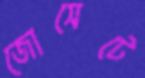
জোসেটে